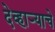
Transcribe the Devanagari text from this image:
देव्हाऱ्याचे